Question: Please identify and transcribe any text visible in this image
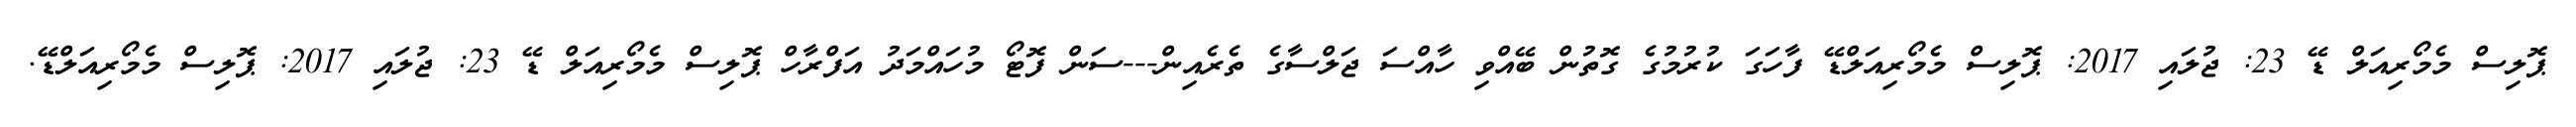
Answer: ޕޮލިސް މެމޯރިއަލް ޑޭ 23: ޖުލައި 2017: ޕޮލިސް މެމޯރިއަލްޑޭ ފާހަގަ ކުރުމުގެ ގޮތުން ބޭއްވި ހާއްސަ ޖަލްސާގެ ތެރެއިން---ސަން ފޮޓޯ މުހައްމަދު އަފްރާހް ޕޮލިސް މެމޯރިއަލް ޑޭ 23: ޖުލައި 2017: ޕޮލިސް މެމޯރިއަލްޑޭ.